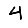
Digit: 4